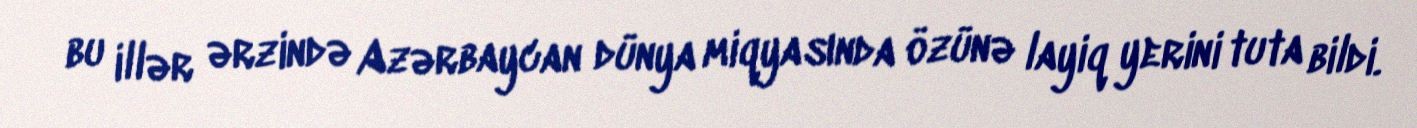
bu illər ərzində Azərbaycan dünya miqyasında özünə layiq yerini tuta bildi.